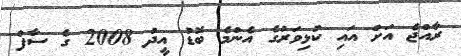
ރާއްޖެ އަށް އައި ކުޅިވަރުގެ އެންމެ ބޮޑު އީދު 2008 ގެ ސާފް